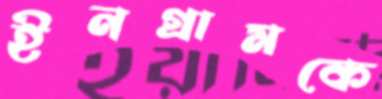
ইনগ্রামকে